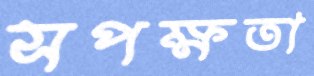
সপক্ষতা